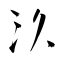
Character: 汣